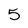
Character: 5